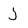
Character: j